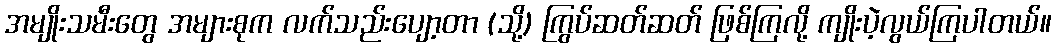
အမျိုးသမီးတွေ အများစုက လက်သည်းပျော့တာ (သို့) ကြွပ်ဆတ်ဆတ် ဖြစ်ကြလို့ ကျိုးပဲ့လွယ်ကြပါတယ်။